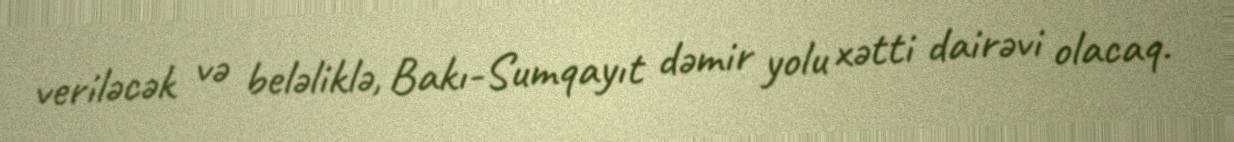
veriləcək və beləliklə, Bakı-Sumqayıt dəmir yolu xətti dairəvi olacaq.